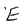
Character: E